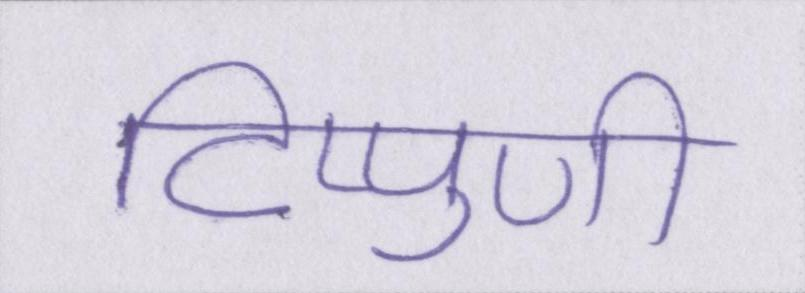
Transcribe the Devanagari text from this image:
टिप्पुणी